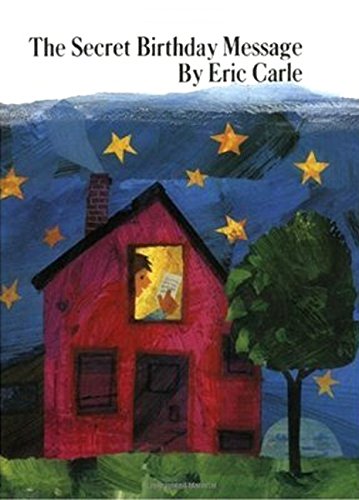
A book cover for The Secret Birthday Message; Eric Carle; Children's Books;